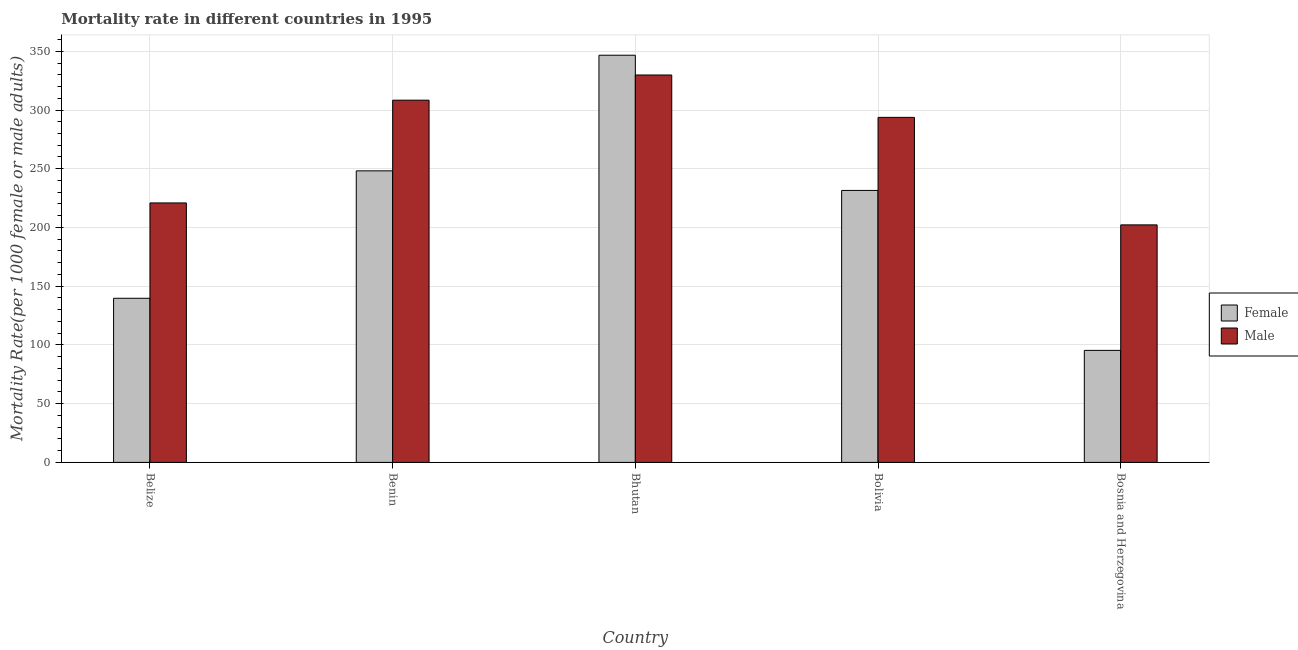
| Country | Female | Male |
 | --- | --- | --- |
 | Belize | 140 | 221 |
 | Benin | 248 | 308 |
 | Bhutan | 347 | 330 |
 | Bolivia | 232 | 294 |
 | Bosnia and Herzegovina | 95.4 | 202 |